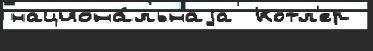
национа́льнаjа  Котл'ер